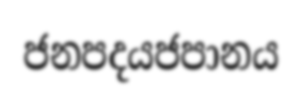
ජනපදයජපානය